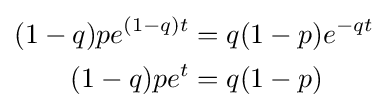
{\begin{aligned}(1-q)pe^{(1-q)t}&=q(1-p)e^{-qt}\\(1-q)pe^{t}&=q(1-p)\end{aligned}}